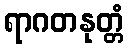
ရာဂတနုတ္တံ